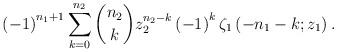
LaTeX: \begin{align*}\left(-1\right)^{n_{1}+1}\sum_{k=0}^{n_{2}}\binom{n_{2}}{k}z_{2}^{n_{2}-k}\left(-1\right)^{k}\zeta_{1}\left(-n_{1}-k;z_{1}\right).\end{align*}